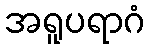
အရူပရာဂံ